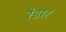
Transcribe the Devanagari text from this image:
रैडार